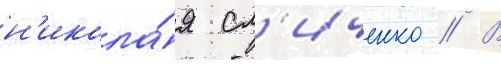
н'икола́я сл'иченко // В